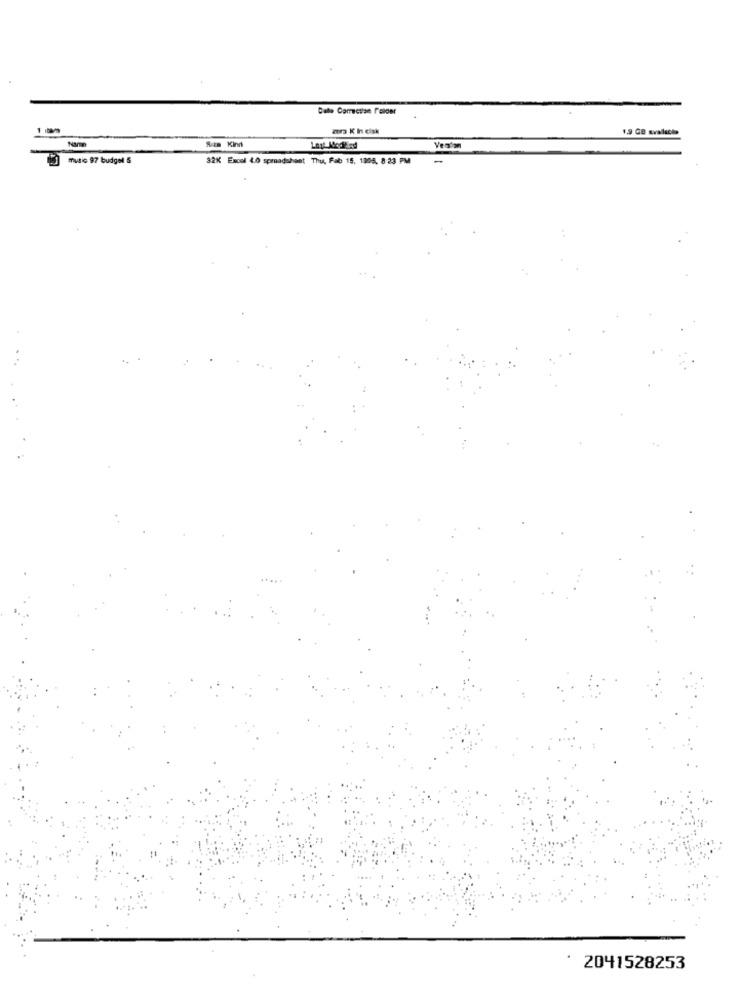
1 1
za K In eisk
1,9 GB avallacho
SE Kind
Yes'm
music 97 budget &
32% Excel 40 spreadsheet
Thu, Fab 15, 1805. 8:23 PM
-
2041528253